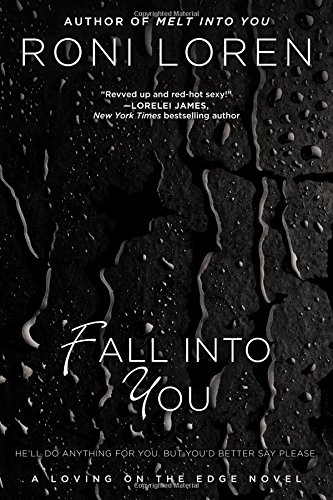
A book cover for Fall Into You (A Loving on the Edge Novel); Roni Loren; Romance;